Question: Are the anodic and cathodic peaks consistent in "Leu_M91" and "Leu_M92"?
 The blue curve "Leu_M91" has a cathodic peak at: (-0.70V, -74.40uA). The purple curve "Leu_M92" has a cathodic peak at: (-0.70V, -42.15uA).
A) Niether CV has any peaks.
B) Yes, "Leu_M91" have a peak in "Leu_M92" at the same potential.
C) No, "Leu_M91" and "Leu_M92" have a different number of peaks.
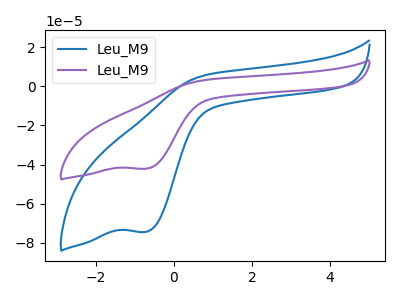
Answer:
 <answer>B) Yes, "Leu_M91" have a peak in "Leu_M92" at the same potential.</answer>
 <eval>B</eval>